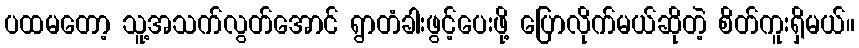
ပထမတော့ သူ့အသက်လွတ်အောင် ရွာတံခါးဖွင့်ပေးဖို့ ပြောလိုက်မယ်ဆိုတဲ့ စိတ်ကူးရှိမယ်။